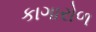
કાગારોળ